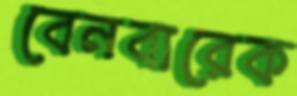
বেনবারেক